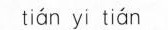
ti\acute{a} n yi ti\acute{a} n